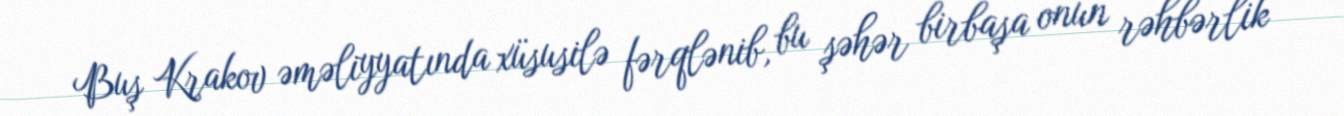
Buş Krakov əməliyyatında xüsusilə fərqlənib, bu şəhər birbaşa onun rəhbərlik